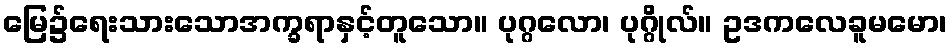
မြေ၌ရေးသားသောအက္ခရာနှင့်တူသော။ ပုဂ္ဂလော၊ ပုဂ္ဂိုလ်။ ဥဒကလေခူမမော၊